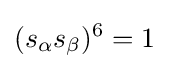
(s_{\alpha }s_{\beta })^{6}=1